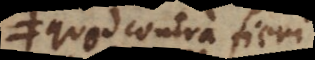
quod contra fieri